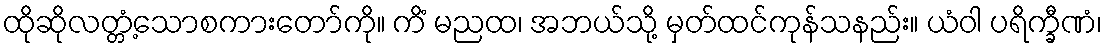
ထိုဆိုလတ္တံ့သောစကားတော်ကို။ ကိံ မညထ၊ အဘယ်သို့ မှတ်ထင်ကုန်သနည်း။ ယံဝါ ပရိက္ခီဏံ၊